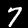
Label: 7